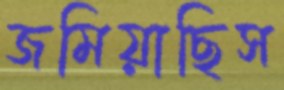
জমিয়াছিস